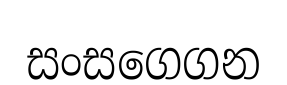
සංසගෙගන